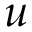
u